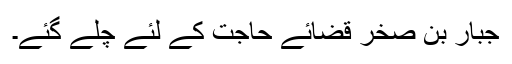
جبار بن صخرؓ قضائے حاجت کے لئے چلے گئے۔